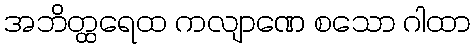
အဘိတ္ထရေထ ကလျာဏေ စသော ဂါထာ